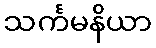
သင်္ကမနိယာ